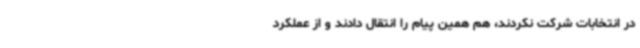
در انتخابات شرکت نکردند، هم همین پیام را انتقال دادند و از عملکرد